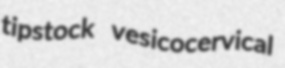
tipstock vesicocervical